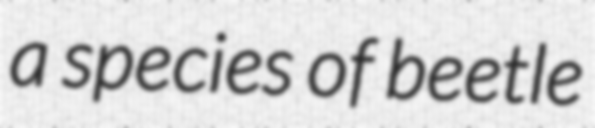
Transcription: a species of beetle